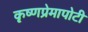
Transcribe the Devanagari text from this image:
कृष्णप्रेमापोटी